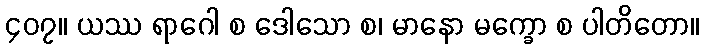
၄၀၇။ ယဿ ရာဂေါ စ ဒေါသော စ၊ မာနော မက္ခော စ ပါတိတော။